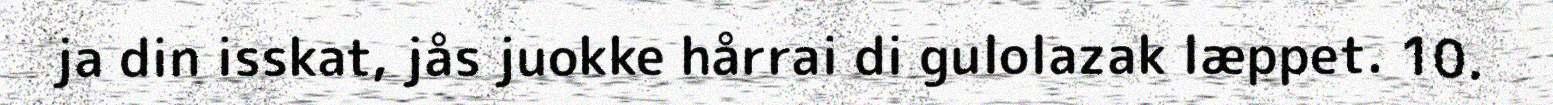
ja din isskat, jås juokke hårrai di gulolazak læppet. 10.